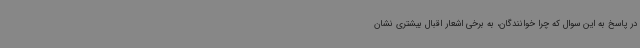
در پاسخ به این سوال که چرا خوانندگان، به برخی اشعار اقبال بیشتری نشان